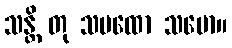
သန္တိ တု သမထော သမော။